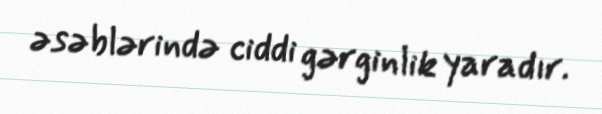
əsəblərində ciddi gərginlik yaradır.